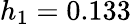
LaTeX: h_{1}=0.133